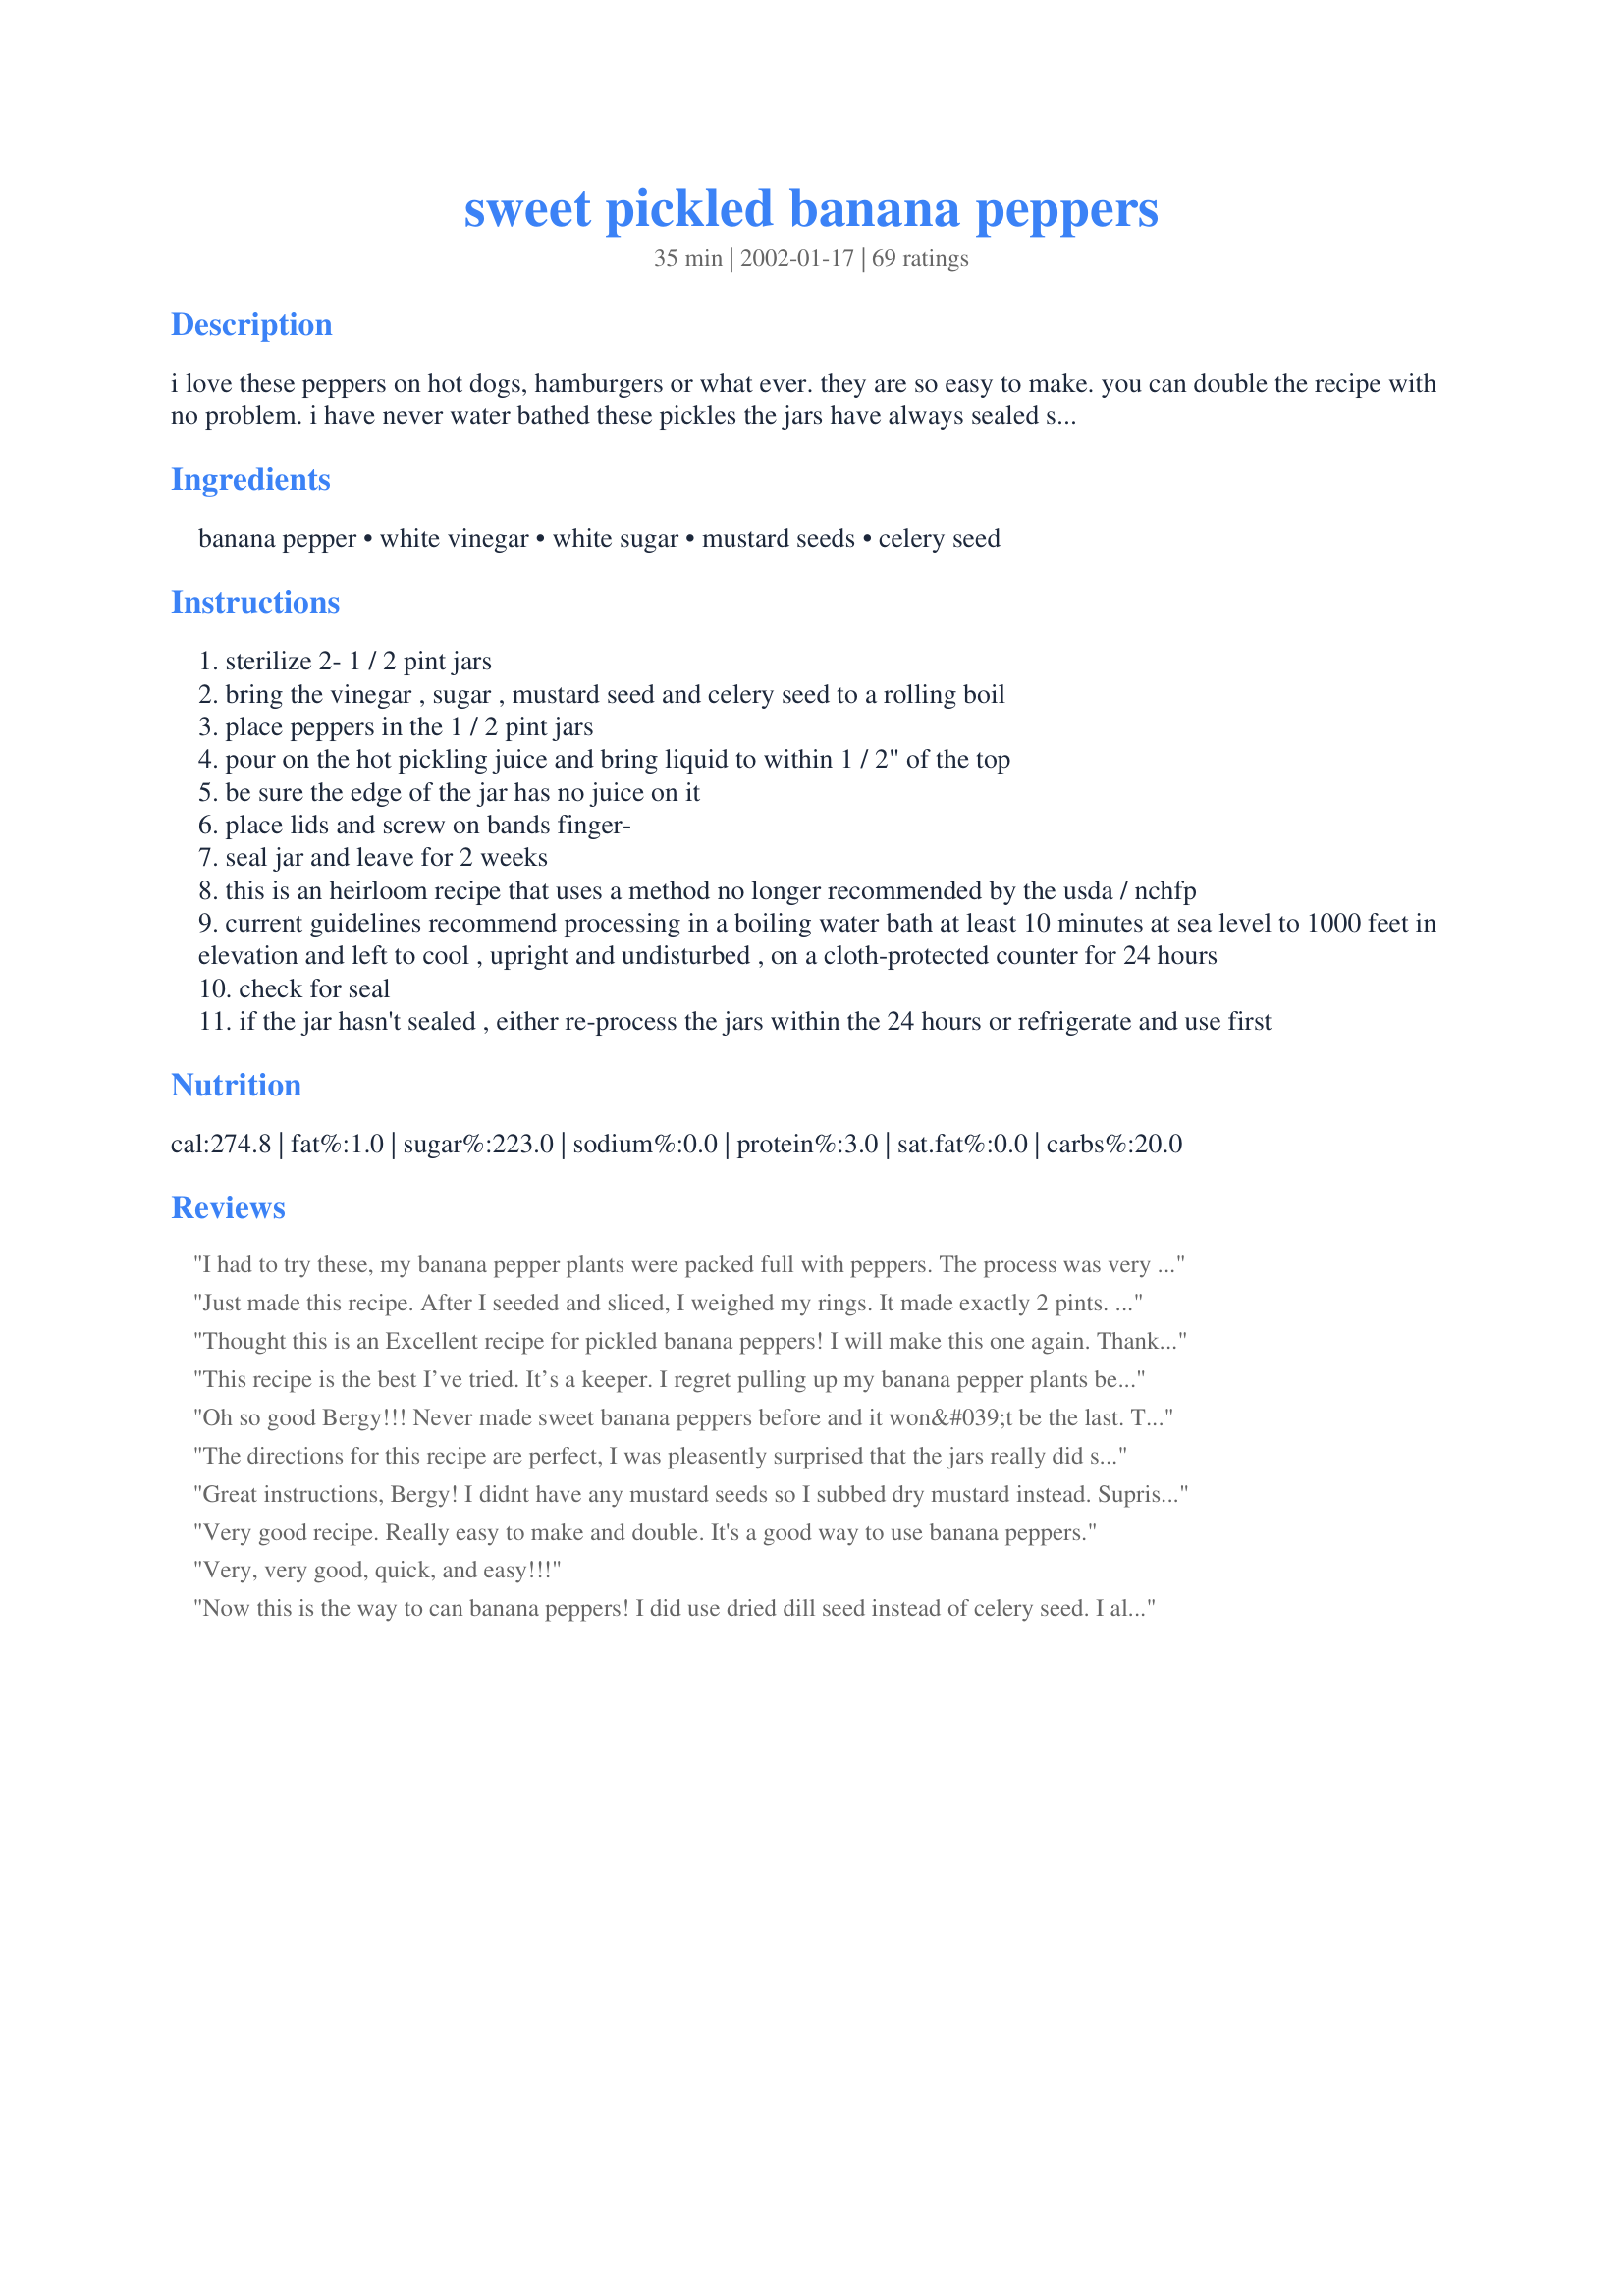
sweet pickled banana peppers
Preparation time: 35 minutes

i love these peppers on hot dogs, hamburgers or what ever. they are so easy to make. you can double the recipe with no problem. i have never water bathed these pickles the jars have always sealed securely and i have used them a year or so later, just be sure that the top has sealed and you have heard it pop. if the jar does not seal fully store in the fridge and use within a couple of months. as you can see from the picture, i often mix hot jalapeno, anaheim, banana and any other peppers on hand - the result is medium hot pickled peppers.

if you are at all concerned about food safety and would feel better water-bathing them, by all means do so - just follow the instructions is any canning book - i recommend 15 minutes in the water-bath.

Ingredients:
banana pepper, white vinegar, white sugar, mustard seeds, celery seed

Steps:
sterilize 2- 1 / 2 pint jars
bring the vinegar , sugar , mustard seed and celery seed to a rolling boil
place peppers in the 1 / 2 pint jars
pour on the hot pickling juice and bring liquid to within 1 / 2" of the top
be sure the edge of the jar has no juice on it
place lids and screw on bands finger-
seal jar and leave for 2 weeks
this is an heirloom recipe that uses a method no longer recommended by the usda / nchfp
current guidelines recommend processing in a boiling water bath at least 10 minutes at sea level to 1000 feet in elevation and left to cool , upright and undisturbed , on a cloth-protected counter for 24 hours
check for seal
if the jar hasn't sealed , either re-process the jars within the 24 hours or refrigerate and use first

Reviews:
I had to try these, my banana pepper plants were packed full with peppers. The process was very easy, I am a bit confused as to when the lids should pop. I'm hoping its when they are opened for the first time, right? I can't wait to try them, waiting isn't a skill I do well! Thank you for an easy way to can my peppers!
Just made this recipe. After I seeded and sliced, I weighed my rings. It made exactly 2 pints. Not rating yet, as I will patiently wait my 2 weeks, lol. However, I did add 1 sliced garlic clove to the brine when heating up. But did not place garlic in jars. I did taste the brine and whoa it was very strong in vinegar. And really not sweet. So posting this as a novice and for other novices out there. Will update in 2 weeks. Stay tune.........
Thought this is an Excellent recipe for pickled banana peppers!
I will make this one again. Thanks Bergy....But I have to say my favorite pepper is still a jalapeno, hehe.
This recipe is the best I’ve tried. It’s a keeper. I regret pulling up my banana pepper plants because I should have pickled more-just thought we wouldn’t eat them all. Tonight I made a hoagie salad and used some of the juice to flavor the salad. Excellent bread dipping sauce with a little EVOO!
Oh so good Bergy!!! Never made sweet banana peppers before and it won&#039;t be the last. Thank you much for the recipe!!
The directions for this recipe are perfect, I was pleasently surprised that the jars really did seal themselves. I did not have mustard seed, so I used 1/4 t. each of dry mustard and pickling spice. Will let you know how they taste in a few weeks.
Great instructions, Bergy! I didnt have any mustard seeds so I subbed dry mustard instead. Suprisingly it didnt cloud the liquid. I'm going to have to edit this once my husband tastes them.
Very good recipe. Really easy to make and double. It's a good way to use banana peppers.
Very, very good, quick, and easy!!!
Now this is the way to can banana peppers! I did use dried dill seed instead of celery seed. I also added garlic cloves cut into quarters, two or three cloves per jar. I also added 1 tabasco pepper per jar.Update: Last year I canned whole banana peppers and thought to myself why not slice them up and use them on pizza and subs instead of buying them in the jars at the store. I am boiling the brine as I type.I did 1 jars and it took almost 1 cup for the fist jar. So I multiplied the recipe time two, 4 cups vinegar,1 1/3 cup sugar,1 teaspoon mustard seed,1 teaspoon celery seed. There was about 1/2 teaspoon left over. This measurement canned 5 pints and 1 half pint. I am mixing jalapeno and banana peppers together. Thanks Bergy!
Hi, I'm new to this sort of thing, but remember a little of what my mom did when she home canned. I am tring one batch of these peppers, but I found that the recipe makes (2) pints of pickels not (2) 1/2 pints as the recipe says. I measured out 2 cups of pepper rings, like Michele Iles recomended to be about a 1/2 lb. And then did the pickeling juice and it sure filled both of my pint jars. I'll let them process for the 2 wks that the recipe wants, and then I'll let ya know what I think of them. The recipe is so easy, It takes me more time to clean the peppers than anything.
AWESOME AWESOME!! We used this recipe all last summer. We canned tons of jars and everyone that we gave a jar to LOVED it and requested the recipe! Thanks for posting this wonderful recipe!
I just made these today ,put less sugar didn't want them to sweet,and one dumb thing i sliced them but forgot to take seeds out ,o i'm sure it will still be ok.I will taste in 2 weeks and let you know if adding less sugar was ok.
I loved this recipe but the peppers I used were just WAY too hot for me! The flavor of the 'juice' was wonderful, though, and I'll be trying for some less hot peppers next year.
The combination of the sugar and the intensity of very hot banana peppers makes the tongue stand up and say, WOW! 

However, I think I did something wrong, because the pepper rings weren't crunchy like a pepperocini. They were very soft, almost melting on the tongue. I added pickling salt to the recipe for my taste, so I don't know if that did it or not.
I love this essay recipe.
These are awesome! I love using them on Italian Beef sandwiches and on pizza. It's the perfect blend of sweet and tangy!
I just made a bunch of these using hot peppers of various kinds, sealed in half-pints and water bathed 10 minutes. One jar didn't seal so we tasted it....oh my GOSH this is good (though I confess to using about half the sugar). These are GREAT. My poor dog kept whining to go out, the scent hurt his eyes and nose!
Amature at best is what I am (was) at canning. This was my first recipe and attempt. Husband went crazy over them, even tried to "save" what I made. Had to make another batch yesterday. Took the fear out of canning for me. Thanks AGAIN Bergy, you always are makin me look good!
These were so yummy on a sub sandwich. I don't even like pickles and don't usually like peppers on my sandwich but these won me over. Very simple to make.
Great way to pickle banana peppers, I will be planting more next gardening season! I love them on sandwiches! I got two pints, but thats all the peppers I had. I let them sit for just over the two weeks and they are great!!
Bergy:
 I made 14 pints of these pickles and they are excellent with pinto beans, fried potatoes and corn bread. I used a mandoline to slice mine and except for butchering my fingers up (was bleeding like a stuck hog) it was an easy recipe to make.
I read this yield to be 2.5 pint jars instead of 2 each .5 pint (ie, 1 pint) jars so I was kind of disappointed when I ran out of brine halfway through my second pint jar. That being said, though, it was easy to divide & make up just enough extra brine for my second pint jar. I also went ahead & processed my filled jars for 10 minutes in a water bath just to ensure they sealed properly so that I can feel safe eating them at the beginning of next summer (if they last that long).
Great recipe. Very easy to make. I used Mrs. Wage's pickling lime before I pickled the peppers to make them crunchy.
9/15/09: This was my first time at canning and what a wonderfully easy recipe! I love sweet pickled banana peppers, especially on subs. Can't wait to try them on pizza, hot dogs, etc. I had just over 1 lb of banana peppers prior to slicing. I doubled the brine recipe. I ended up with #7 1/2 pint jars. Being a novice at this, i probably did not pack the jars as much as I should have. I will be back with an addendum to this review in a couple of weeks, can't wait! Thanks Bergy :)
Update: 9/30/09 Had my first sammie with these peppers and man o man, they were the crowning jewel of the sammie. My sammie was whole wheat sandwich thins, roast beef, baby swiss cheese, tomato, mayo and of course the PEPPERS! Yummy :)
This recipe delivers! Made mine with no changes, and the results were fantastic. I have a little trouble stopping once I get started eating them. My buddies at work all either want the recipe or for me to bring them in a pint. I think I'll bring in the recipe. Hehe!
Quick question.....I saw the note.....Is this recipe safe to use, if you use a water bath to seal?
We love these and they make a good pickled pepper! Great on subs and pizzas too!
These peppers were wonderful. The first time I made them with a mix of banana peppers, jalapeno and thai peppers (that was what had grown in the garden). My boyfriend would only pick out the jalapeno ones so the second time I made them with just jalapeno peppers and they were delicious. When I am just looking for a little heat I will use only the juice, ie for my guacamole. Nobody can figure out what makees my guac so delicous or replicate my secret ingriedient! My boyfriend puts the jalepenos on everything!
This recipe is so good. I used some mildly hot peppers and followed the recipe as is and they were amazing. I like the sweetness followed by a little bit of heat. Of note, the recipe for brine filled two pint jars. I seeded and cut the peppers into fairly thick slices and packed them in the jar very well. I had a towel on the counter and lightly tapped the jars on the towel to pack the peppers tighter so I could add as many as possible. In order to find out how much brine to make, I did the recipe once to see how many jars it would fill. I then counted the filled jars to see how many times I needed to multiply the brine. I have already added this recipe to my recipe book and plan to use it from now on.
If Your garden includes Banana Peppers of the sweet
variety,this is THE recipe to use.An impeccable brine
that does not mask the original flavor of the pepper
yet enhances it.I canned over 30 pints with this 
recipe.The truth is spoken when said it is easily doubled.
No compromise in the flavor or integrity of the brine or pepper in doubling.
My friends that I have shared this with, are virtually watching My
garden, cheering on for more Sweet Bananas to mature so that
I shall use this recipe!! Very,very, good!!
I love this recipe. I have simply refrigerated these pickled peppers without canning them. They last a long time...at least 6 months. I use them in salads and on sandwiches. Such an easy way to add zip. I haven't added more spicy peppers to the mix but will add them to the mix this weekend.
I won 3rd prize in our state fair two weeks ago with this recipe. The only changes I made were to add &quot;pickle crisp&quot; and water bath process for 10 minutes. I made them with mildly hot banana peppers, and they came out crispy and delicious. I even just eat forks of them straight out of the jar, but they are going to be great on sandwiches and salads. I may even toss some into Spanish rice the next time I make it. This is the recipe I&#039;ll use from now on!
Last year was my first time canning ever! I had great success with dilll pickles, beets and these peppers.
Sorry for the late review.
I used a mix of sweet & hot banana peppers cut into thick rings. My result was a great tasting very crisp pepper. Looking forward to making again.
Thanks!
Excellent, and so easy! Also easy to double/triple. I finished all of my banana peppers last night and cant wait to start eating them!
Your right Bergy ; no need to water bath, they all popped like a chorus line of pretty pickled peppers!
Excellent Direction, but I would definitely tone down the amount of sugar used. It appeared to turn the peppers into candy. I would next time change it to either 1/4cup sugar or none at all. The mix of the herbs is perfect though for that aroma and flavor, just the sweetness got to me.
I started using this recipe last year and I&#039;m glad I did. I use them on pizza, sandwiches, crackers, you name it. By far the best banana pepper recipe I have ever tasted.
For me, a new recipe for pickled peppers...and a fresh outlook. That's what I always say. Okay, I've never actually said that, but I'm going to from now on.
Great recipe! Thanks!!
Can you pickle these whole? I have the rings cut on all my long banana peppers but a friend wants some that are like Papa John's. I know it is a different pepper but I thought if I did them whole for him with my short ones they may be similar.
I just made this using jalapenos and the brine is delicious. 14 jelly jars sealed without a problem. Will add addendum when I get to taste these yummy treats. We have been eating these over the winter and I have 2 guys who never eat jalapenos begging for them! One even planted peppers this year just to make this recipe! Thank you! We grill a lot of sandwhiches and put these on before grilling. I think they like that some of the heat is turned down by the sugar...not sure...but do know they are DELICIOUS! Thank you!
I opened my first jar of these peppers this past weekend. Had them on salads and thoroughly enjoyed them. They were so easy to make and what a great result. Only change I made was I added 2 fresh cayenne peppers to each jar, just for an added zing!
Perfect the way the recipe was written. From the garden.
Excellent recipe, very easy to make and tastes great.
I've never had *sweet* pickled jalapenos, so I'm anxious to give it a try. I still have to wait two weeks before I can taste the pickles, but right now I have to give 5 Stars just for how very quick and easy it was to prepare. As you can see from the photo, I used all jalapeno peppers and added some slices of garlic. I also didn't have any mustard seed, so substituted with dry mustard. Thanks Bergy, for sharing.
UPDATE: Aug 15/08....I had a hard time waiting the two weeks before I could open the jar, but WOW, WOW, WOW. These are fantastic. No more El Paso for me. This is the ONLY way to fly. Thanks again Bergy for a fantastic recipe.
I had too many jalapenos at the end of the season, so I looked for an easy canning recipe. I found and used this one, without changing anything. I only made two quart jars, and my mother-in-law actually stole one of the jars when I served them at Thanksgiving last year! The peppers were still hot, but the taste was very unique and wonderful. I plan on using this recipe again this year on all of the different peppers I have grown. Thanks for sharing!
Recipe very easy to make. For those without food scale 1/2 lb. of pepper equals 2 cups of sliced and seeded peppers. Can't wait to eat them on pizza and hamburgers.
I tried this recipe for the first time this year and my family loves it. I followed it very closely to the original recipe and have had zero problems with my jars sealing themselves. I actually give these jars of peppers as gifts and have had several requests for more jars! The only thing I changed was to add pickle crisp to each jar, as the stored jars tended to get soggy after a couple months.
This is a first time for me and peppers. It was great ,thanks bobtail
Great and easy recipe. Reminds me of my grandparents and their garden.
I tried this recipe and waited my two weeks to open and taste them. I added some garlic to the recipe as every can I've purchased from a store has garlic in it. lol. Now you know my cooking experience. Well the peppers turned out really well, however if you follow the directions as I did, they come out really sweet. I mean really sweet. I dont care much for sweet peppers and was a little surprised at how these turned out considering the small amount of sugar that went into them. So, they were good, but just not for me. My sister however loved them.
Love these! We just tried the batch I made a little over 2 weeks ago and they're perfect! Since this was my first time canning I was prepared for a disaster but they were wonderful thanks to your great instructions. Thank you Bergy for such an easy and tasty recipe!
Great recipe! The peppers turned out great!
These peppers are excellent and easy to make. We found it takes about 20 - 45 minutes for the jars to pop. They are excellent on everything including hamburgers, steak sandwiches, strombolli, subs, pizza, hot dogs. We tried these last year and loved them so we planted more peppers this year so we can have them all winter long.
These peppers were awesome! I am making more tonight to share with my friends.
I want you to know that I have been using this recipe for three years now. It is the only recipe we use for all of our pickling. I put green tomatoes, onions, green peppers, celery, carrots and a few banana or green peppers in my brine. I tried A LOT of recipes prior to this, but this is great. The first year I made them, we were eating a pint jar a day. I passed the recipe on to momma and daddy and they now exclusively use it. And they have been canning for over 50 years. Thank you so much. Yes, this recipe is that good.
I do not do alot of canning, but we had alot of banana peppers to do something with..tried this recipe, and it was very easy for a beginner to canning. Thank you for posting!
I want to try this out, but to can. Has anyone tried using a pressure canner for this? I am very new to canning, and ant to make sure I do it right. Thanks!
I am a little skeptical at first trying some of these recipes, but this recipe was great! I just used banana peppers from my garden. I did water bathe them for about 10 minutes. 
Remember to try and read other reviews before trying because if they are all pretty good, you know the recipe is good, like this one.
I will use this recipe every year. I am waiting to grow more peppers so I can make some more of this recipe.
My family loves these all year round!!!!
I followed the recipe to a T and my peppers came out soft. I was disappointed there was no crisp. They also were too sweet. I would cut back on the sugar if I was making this recipe again. I don't think I will use next year because I need a crunchy pepper.
Hi Bergy, I made these today with peppers from the garden. How long would you suggest that they 'sit' before opening a jar?
My first attempt at pickling, and this recipe was an overwhelming success. Easy to make, this recipe works well and tastes great. Thank you for sharing! I would highly recommend this to a beginner like I am. When we opened the first jar this weekend, it was gone in one evening.
My second time making them with banana peppers from my garden! They are great and so easy to make!
I used this recipe on my first attempt at canning pickled peppers and got rave reviews from my father who eats them on a daily basis. He thought that the flavor was outstanding compared to the commercial brands! Thank you!
This sounds like a great recipe, however I would recommend at least 10 minutes in a hot water bath to process these jars. It's not safe to rely on the popping lids to ensure the seal, and that's only part of the reason we water-bath our canning jars. There are very specific guidelines for temperature within the jars in order to kill all bacteria and ensure your safety.
While this delicious recipe is written in an old-fashioned way, it is perfectly safe if processed using modern methods, so don't let that prevent you from considering trying it. If you are unfamiliar with these contemporary techniques, please go to http://www.uga.edu/nchfp/how/can_home.html for the current information.
LOVE this recipe. I've thrown in a cayenne pepper or a hot sweet cherry as well. You can also cut the peppers longwise in spears to use in a crudities tray. I'm thinking about throwing a pearl onion or two in to see what happens.
I didn&#039;t seal them, just put them in the refrigerator, do I have to wait 2 weeks before eating them??&lt;br/&gt;They were very easy to make, can&#039;t wait to try them out!!! I made 1 qt jar with this recipe. :)
